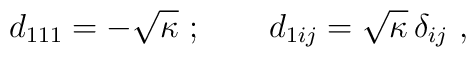
d_{111}=-\sqrt{\kappa }\ ;\qquad d_{1ij}=\sqrt{\kappa }\,\delta _{ij}\ ,